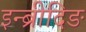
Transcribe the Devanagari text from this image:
इन्ब्रीदिङ